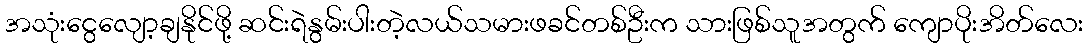
အသုံးငွေလျော့ချနိုင်ဖို့ ဆင်းရဲနွမ်းပါးတဲ့လယ်သမားဖခင်တစ်ဦးက သားဖြစ်သူအတွက် ကျောပိုးအိတ်လေး